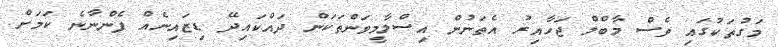
މަގުތަކުގައި ވެސް މާބްލް ޖަހާއިރު އެތަނުން އިސްލާމީވަންތަކަން ދައްކައިދޭ ޑިޒައިނެއް ފެންނާނެ ކަމަށް